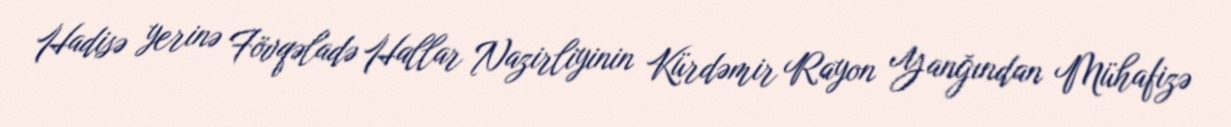
Hadisə yerinə Fövqəladə Hallar Nazirliyinin Kürdəmir Rayon Yanğından Mühafizə